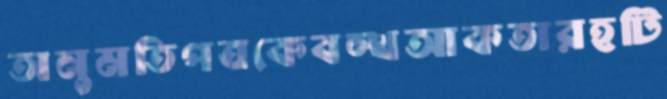
অনুমতিপত্রকেবল্খআকতারহটি